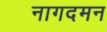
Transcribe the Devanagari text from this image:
नागदमन